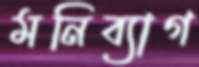
মনিব্যাগ